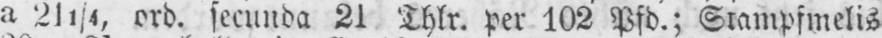
a 211/4, ord. secunda 21 Thlr. per 102 Pfd.; Stampfmelis